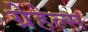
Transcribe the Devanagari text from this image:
ग्रेहेल्स